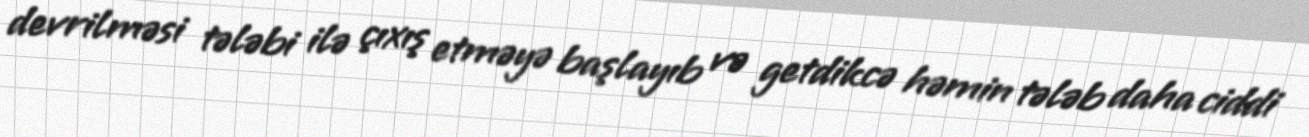
devrilməsi tələbi ilə çıxış etməyə başlayıb və getdikcə həmin tələb daha ciddi